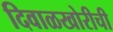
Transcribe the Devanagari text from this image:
दिवाळखोरीची